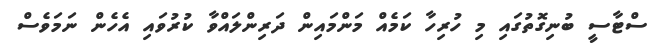
ސްޓާސީ ބުނިގޮތުގައި މި ހުރިހާ ކަމެއް މަންމައިން ދަރިންލައްވާ ކުރުވައި އެހެން ނަމަވެސް